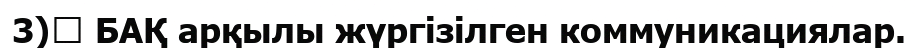
3)	 БАҚ арқылы жүргізілген коммуникациялар.